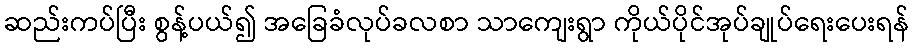
ဆည်းကပ်ပြီး စွန့်ပယ်၍ အခြေခံလုပ်ခလစာ သာကျေးရွာ ကိုယ်ပိုင်အုပ်ချုပ်ရေးပေးရန်